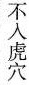
不入虎穴